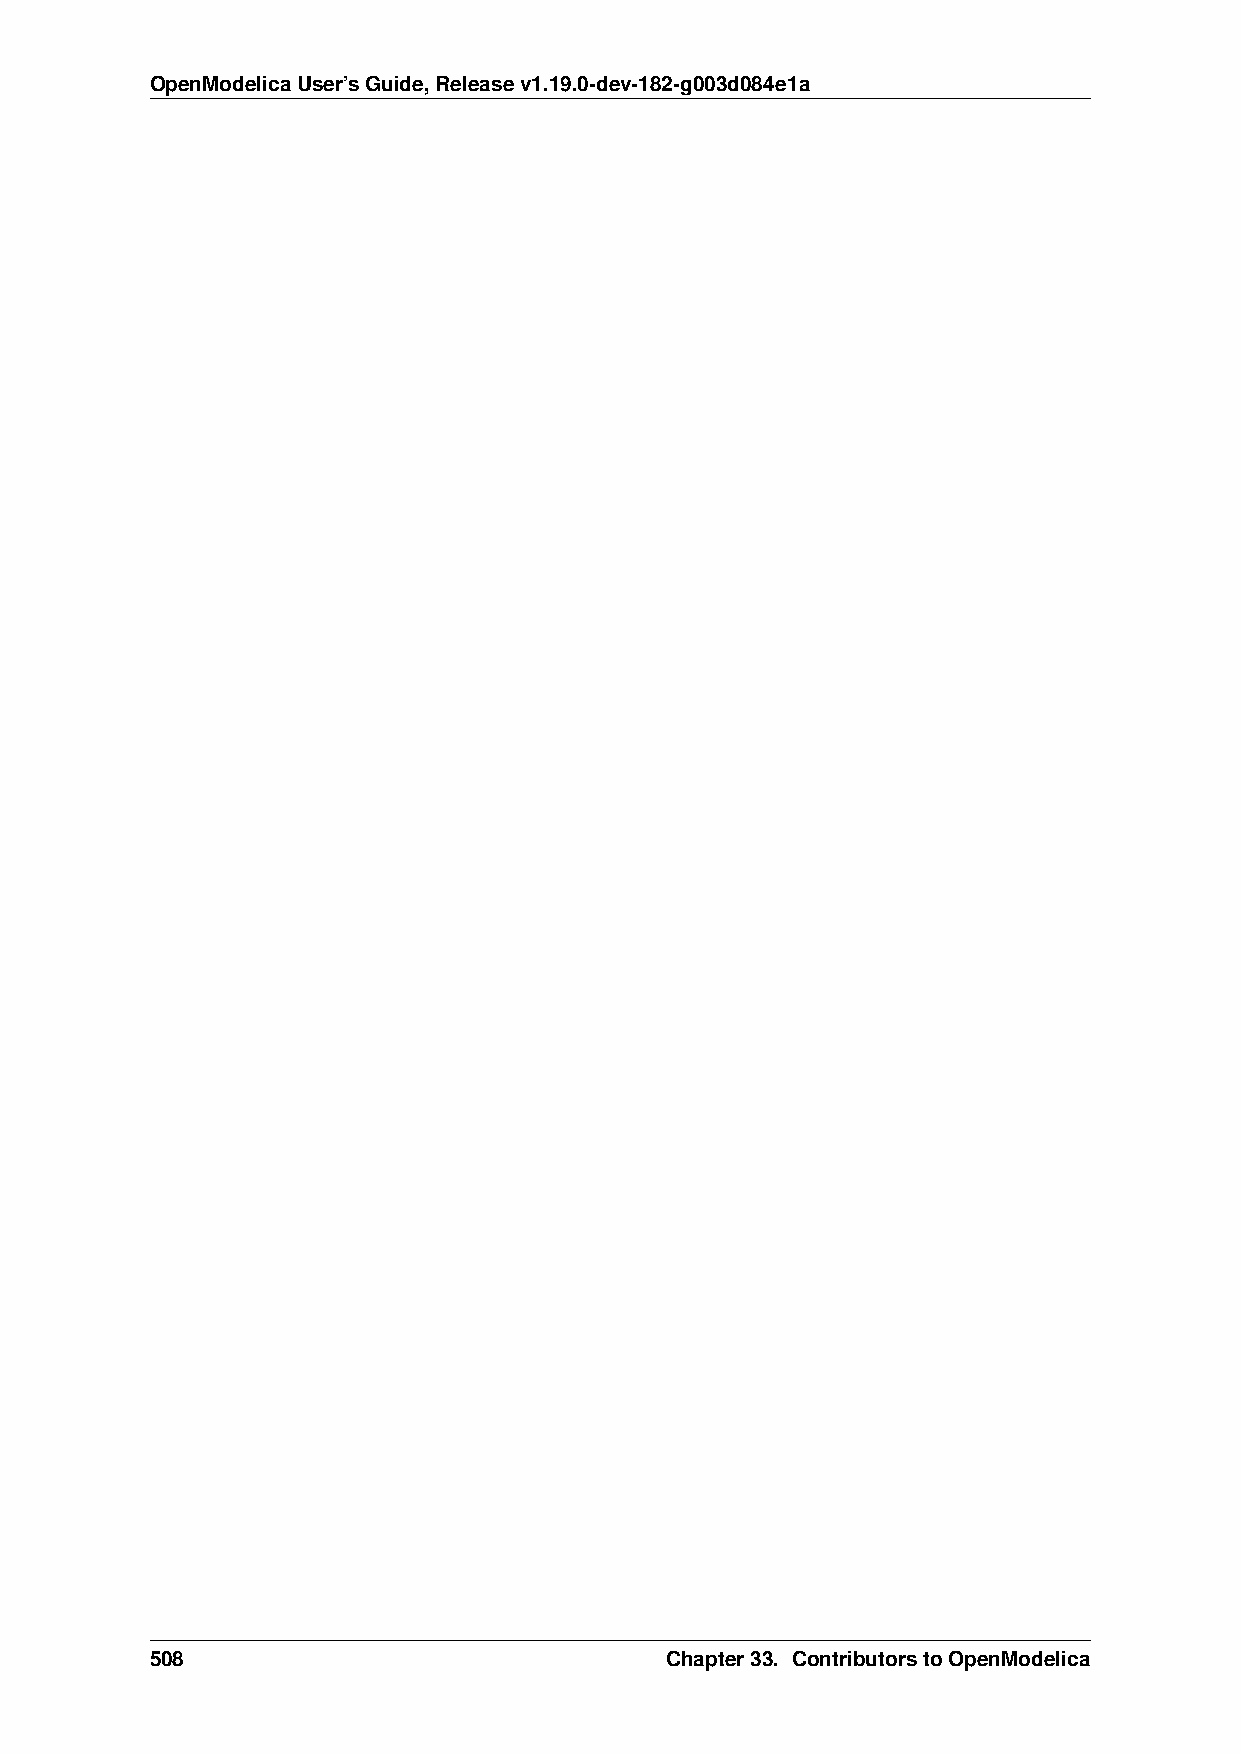
OpenModelicaUser’sGuide,Releasev1.19.0-dev-182-g003d084e1a
 508                               Chapter33. ContributorstoOpenModelica